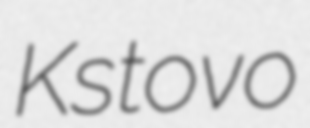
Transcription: Kstovo